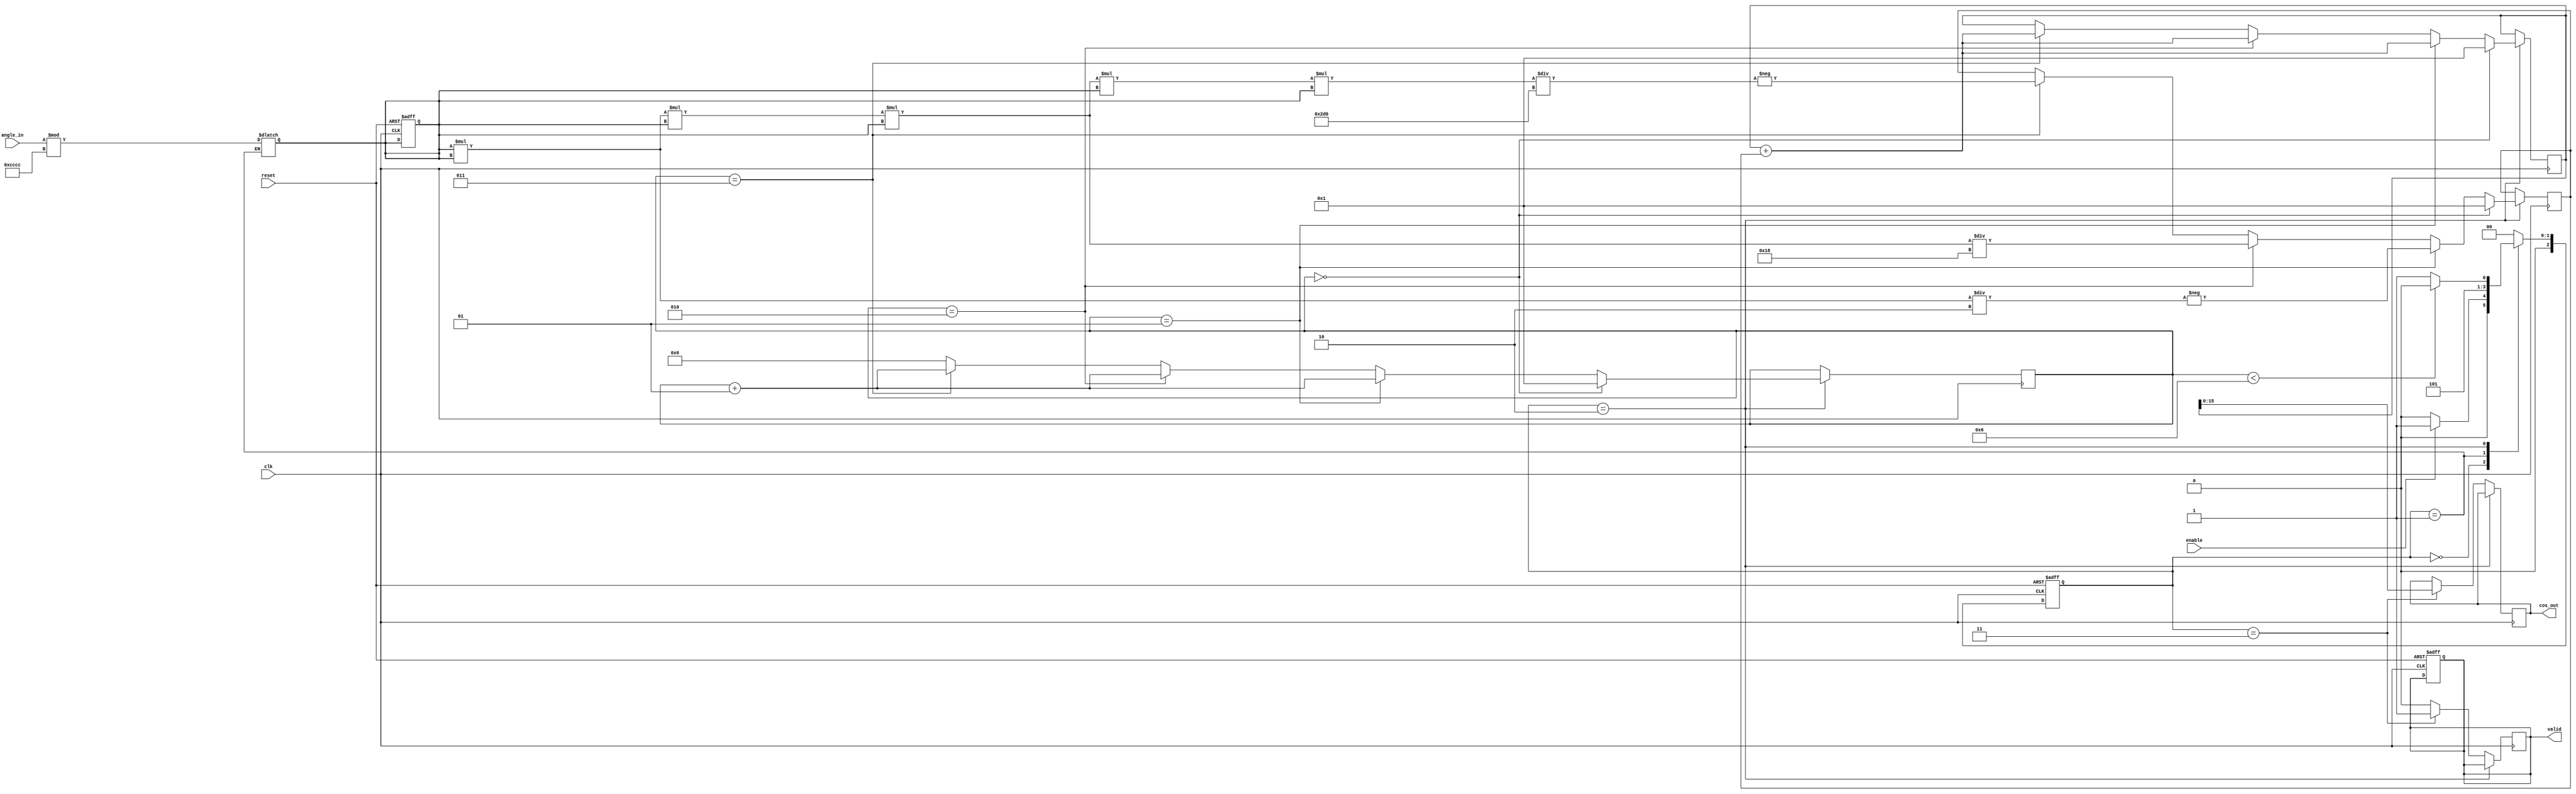
module cosine_arithmetic (
    input wire clk,              // Clock signal
    input wire reset,            // Reset signal
    input wire enable,           // Enable signal for computation
    input wire [15:0] angle_in,  // Input angle (in radians, fixed-point representation)
    output reg [15:0] cos_out,   // Output cosine value (fixed-point representation)
    output reg valid             // Output valid signal
);
    // Constants
    parameter PI = 16'b00000011001001100110011001100110; // ~3.14159 in fixed point
    parameter TWO_PI = 16'b00000110010011001100110011001100; // ~6.28318 in fixed point
    parameter FACTORIAL_2 = 16'd2;
    parameter FACTORIAL_4 = 16'd24;
    parameter FACTORIAL_6 = 16'd720;

    // Internal signals
    reg [15:0] normalized_angle; // Normalized angle
    reg [31:0] term;              // Current term in Taylor series
    reg [31:0] cos_value;         // Accumulated cosine value
    integer n;                   // Term index
    reg [2:0] state;             // FSM state
    reg [2:0] next_state;

    // FSM states
    localparam IDLE = 3'b000;
    localparam NORMALIZE = 3'b001;
    localparam COMPUTE = 3'b010;
    localparam OUTPUT = 3'b011;

    // Angle normalization
    always @(posedge clk or posedge reset) begin
        if (reset) begin
            normalized_angle <= 16'b0;
            state <= IDLE;
            valid <= 0;
        end else begin
            state <= next_state;
        end
    end

    // Next state logic
    always @(*) begin
        case (state)
            IDLE: begin
                if (enable) begin
                    next_state = NORMALIZE;
                end else begin
                    next_state = IDLE;
                end
            end
            NORMALIZE: begin
                normalized_angle = angle_in % (TWO_PI);
                next_state = COMPUTE;
            end
            COMPUTE: begin
                if (n < 6) // Change this to the number of terms you want to compute
                    next_state = COMPUTE;
                else
                    next_state = OUTPUT;
            end
            OUTPUT: begin
                next_state = IDLE;
            end
            default: next_state = IDLE;
        endcase
    end

    // Computation of cosine using Taylor series
    always @(posedge clk) begin
        if (state == COMPUTE) begin
            if (n == 0) begin
                cos_value <= 32'd1; // Start with first term of Taylor series
                term <= 32'd1; // First term
                n <= 1;
            end else if (n == 1) begin
                term <= -((normalized_angle * normalized_angle) / FACTORIAL_2);
                cos_value <= cos_value + term;
                n <= n + 1;
            end else if (n == 2) begin
                term <= (normalized_angle * normalized_angle * normalized_angle * normalized_angle) / FACTORIAL_4;
                cos_value <= cos_value + term;
                n <= n + 1;
            end else if (n == 3) begin
                term <= -((normalized_angle * normalized_angle * normalized_angle * normalized_angle * normalized_angle * normalized_angle) / FACTORIAL_6);
                cos_value <= cos_value + term;
                n <= n + 1;
            end else begin
                // Finish computation
                n <= 6; // Set to a value beyond the max to stop computing
            end
        end else if (state == OUTPUT) begin
            cos_out <= cos_value[15:0]; // Take the upper 16 bits as output
            valid <= 1;
        end else begin
            valid <= 0; // In idle or reset state, output is not valid
        end
    end

endmodule